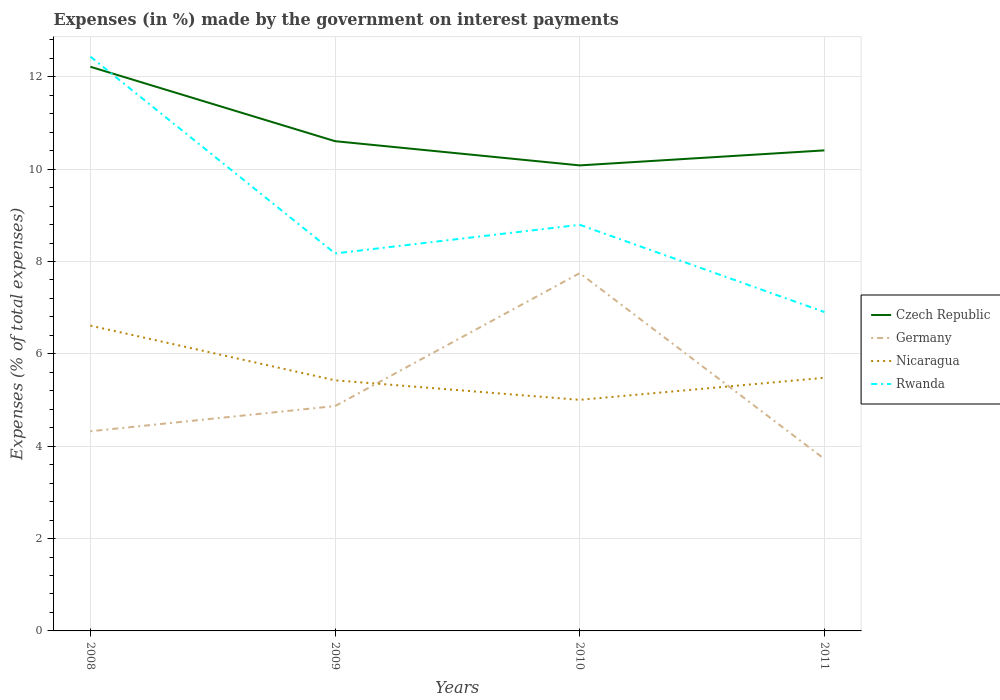
| Years | Czech Republic | Germany | Nicaragua | Rwanda |
 | --- | --- | --- | --- | --- |
 | 2008 | 12.2 | 4.32 | 6.61 | 12.4 |
 | 2009 | 10.6 | 4.87 | 5.43 | 8.17 |
 | 2010 | 10.1 | 7.75 | 5 | 8.8 |
 | 2011 | 10.4 | 3.72 | 5.48 | 6.91 |